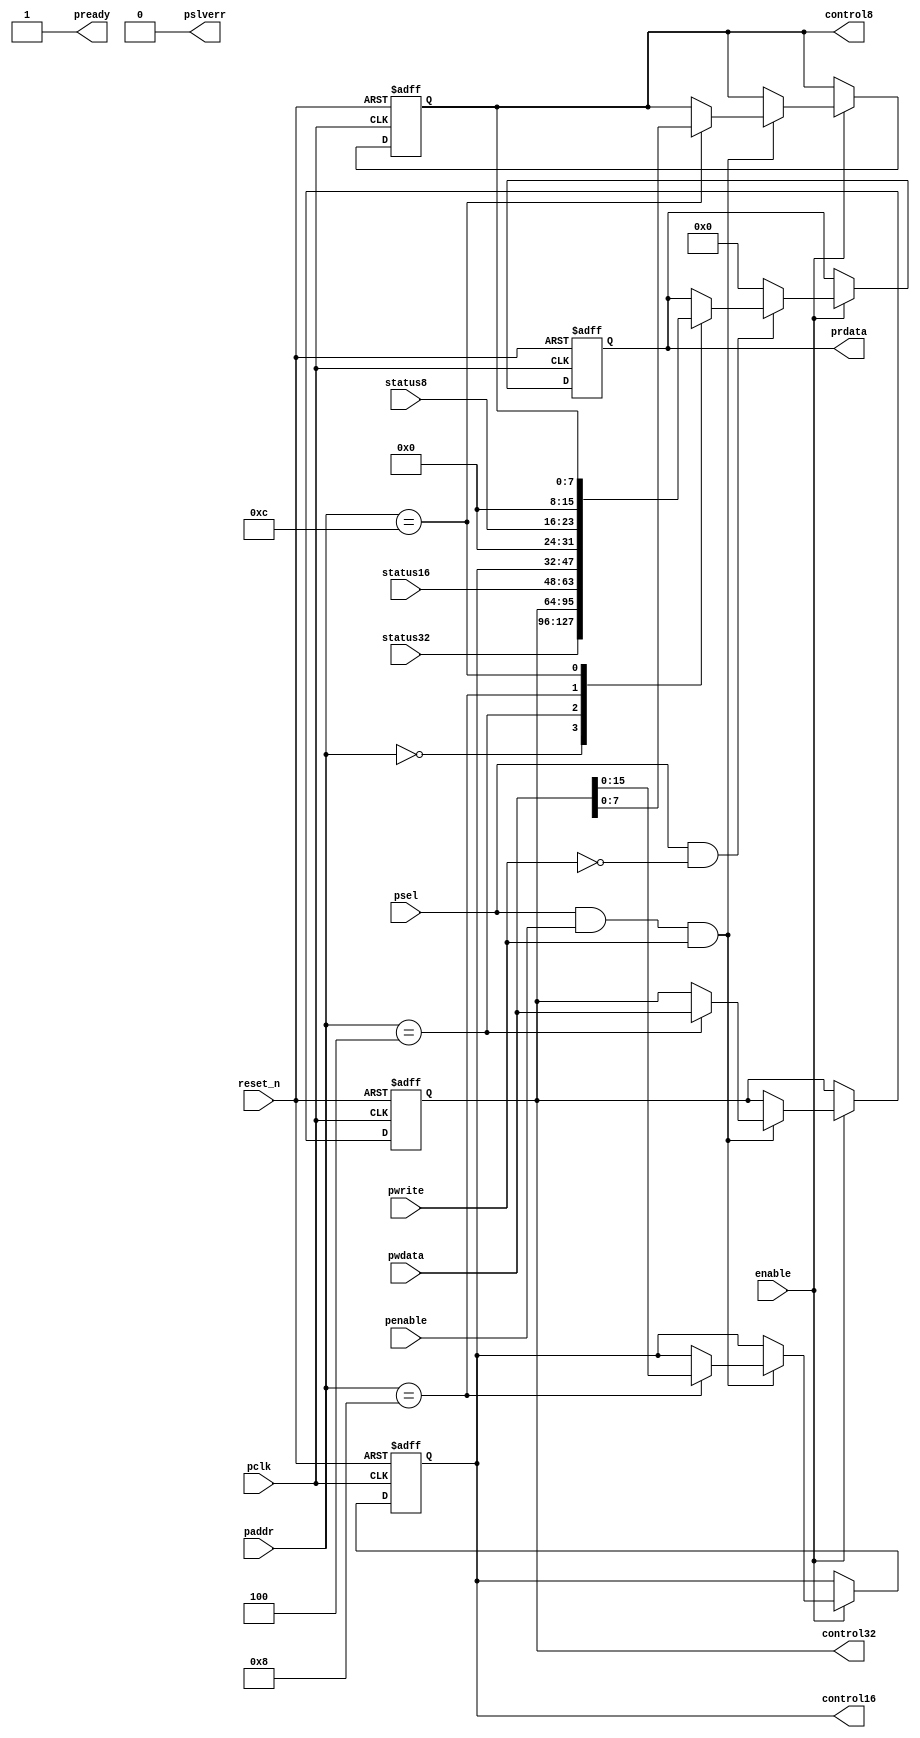
//
// Sample APB register code
// Standard read/write registers
// Adress offset from psel:
//   0x00 : 32 bit read of status32 port
//   0x04 : 32 bit read & write control32 port
//   0x08 : 16 bit status
//          and 16 bit read & write control16 port 
//   0x0C : 8 bit status8
//          and 8 bit read & write control8 port 
//
//
// Freeware September 2015, Fen Logic Ltd.
// This code is free and is delivered 'as is'.
// It comes without any warranty, to the extent permitted by applicable law.
// There are no restrictions to any use or re-use of this code
// in any form or shape. It would be nice if you keep my company name
// in the source or modified source code but even that is not
// required as I can't check it anyway.
// But the code comes with no warranties or guarantees whatsoever.
//
//
//

module apb_regs1 (
   // system
   input             reset_n,
   input             enable,  // clock gating 

   // APB
   input             pclk,            
   input      [ 3:0] paddr,   // ls 2 bits are unused 
   input             pwrite,
   input             psel,
   input             penable,
   input      [31:0] pwdata,
   output reg [31:0] prdata,
   output            pready,
   output            pslverr,

   // Interface
   input      [31:0] status32,
   input      [15:0] status16,
   input      [ 7:0] status8,
   output reg [31:0] control32,
   output reg [15:0] control16,
   output reg [ 7:0] control8
);

wire apb_write = psel & penable & pwrite;
wire apb_read  = psel & ~pwrite;

   assign pready  = 1'b1;
   assign pslverr = 1'b0;
   
   always @(posedge pclk or negedge reset_n)
   begin
      if (!reset_n)
      begin
         control32 <= 32'h0;
         control16 <= 16'h1234; // reset/initial value 
         control8  <=  8'h0;
         prdata    <= 32'h0;
      end // reset
      else if (enable)
      begin
         
         if (apb_write)
         begin
            case (paddr)
          //4'h0 :  status32 read only 
            4'h4 : control32 <= pwdata;
            4'h8 : control16 <= pwdata[15:0];
            4'hC : control8  <= pwdata[7:0];
            endcase
         end // write
         
         if (apb_read)
         begin
            case (paddr)
            4'h0 : prdata <= status32;
            4'h4 : prdata <= control32; 
            4'h8 : prdata <= {status16,control16};
            4'hC : prdata <= {8'h0,status8,8'h0,control8};
            endcase
         end // read
         else
            prdata <= 32'h0; // so we can OR all busses
      end // clocked
   end // always 
   
endmodule